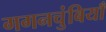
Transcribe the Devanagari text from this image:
गगनचुंबियाँ